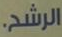
الرشح.